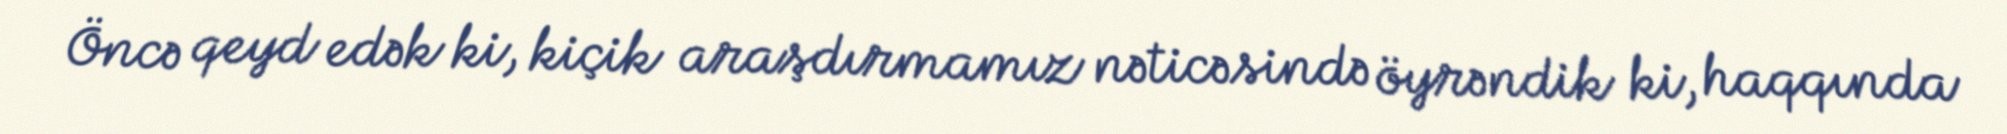
Öncə qeyd edək ki, kiçik araşdırmamız nəticəsində öyrəndik ki, haqqında